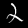
Label: 2